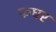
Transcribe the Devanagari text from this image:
फघर